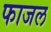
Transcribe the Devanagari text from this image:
फाजल